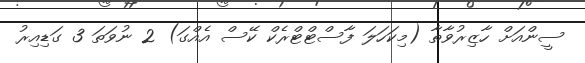
ސީންއަށް ހާޒިރުވާތާ (މިކަހަލަ ފާސްޓްޓްރެކް ކޭސް އެއްގަ) 2 ނުވަތަ 3 ގަޑިއިރު